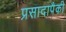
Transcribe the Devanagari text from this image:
प्रसादापैकी